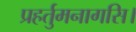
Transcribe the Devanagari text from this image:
प्रहर्तुमनागसि।